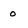
Character: 0